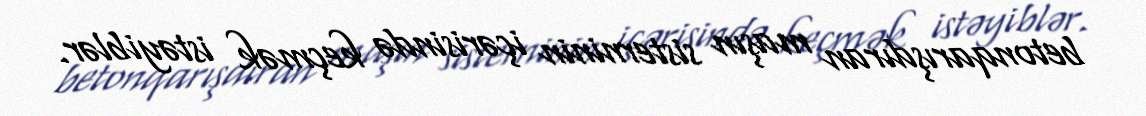
betonqarışdıran maşın sisterninin içərisində keçmək istəyiblər.